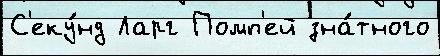
С'еку́нд Ларг Помп'ей зна́тного